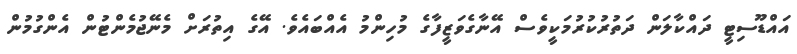
އައްޑޫސިޓީ ދައްކާލަން ދަތުރުކުރުމަކީވެސް އޭނާގެވަޒީފާގެ މުހިންމު އެއްބައެވެ. އޭގެ އިތުރަށް މެނޭޖުމެންޓުން އެންގުމުން